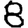
Digit: 8